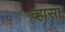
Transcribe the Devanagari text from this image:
व्हासा